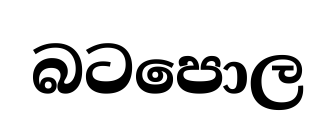
බටපොල